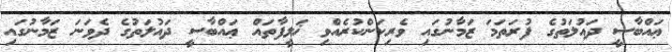
ޢައްބާސީ ދައުލަތުގެ ފުރަތަމަ ޒަމާނުގައި ވެރިކަންކުރެއްވި ޚަލީފާތައް ޢައްބާސީ ދައުލަތުގެ ދެވަނަ ޒަމާނުގައި